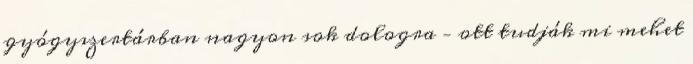
gyógyszertárban nagyon sok dologra – ott tudják mi mehet